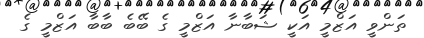
ތަންވީ އަޒްމީ އަކީ ޝަބާނާ އަޒްމީ ގެ ބޭބެ ބާބާ އަޒްމީ ގެ